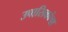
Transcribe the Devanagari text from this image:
उपासिकांचा